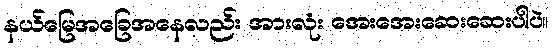
နယ်မြေအခြေအနေလည်း အားလုံး အေးအေးဆေးဆေးပါပဲ။